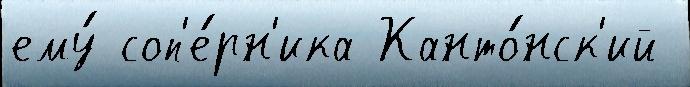
ему́ соп'е́рн'ика Канто́нск'ий